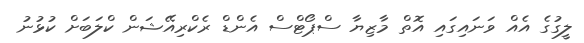
ލީގުގެ އެއް ވަނައިގައި އޮތް މާޒިޔާ ސްޕޯޓްސް އެންޑް ރެކްރިއޭޝަން ކްލަބަށް ކުޅުނު